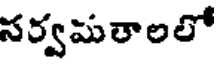
సర్వమతాలలో